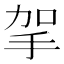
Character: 㧝